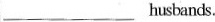
___husbands.